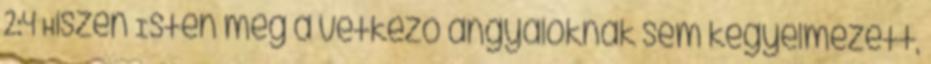
2:4 Hiszen Isten még a vétkező angyaloknak sem kegyelmezett,